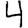
Digit: 4